Karksi_vallavalitsus, lk 17
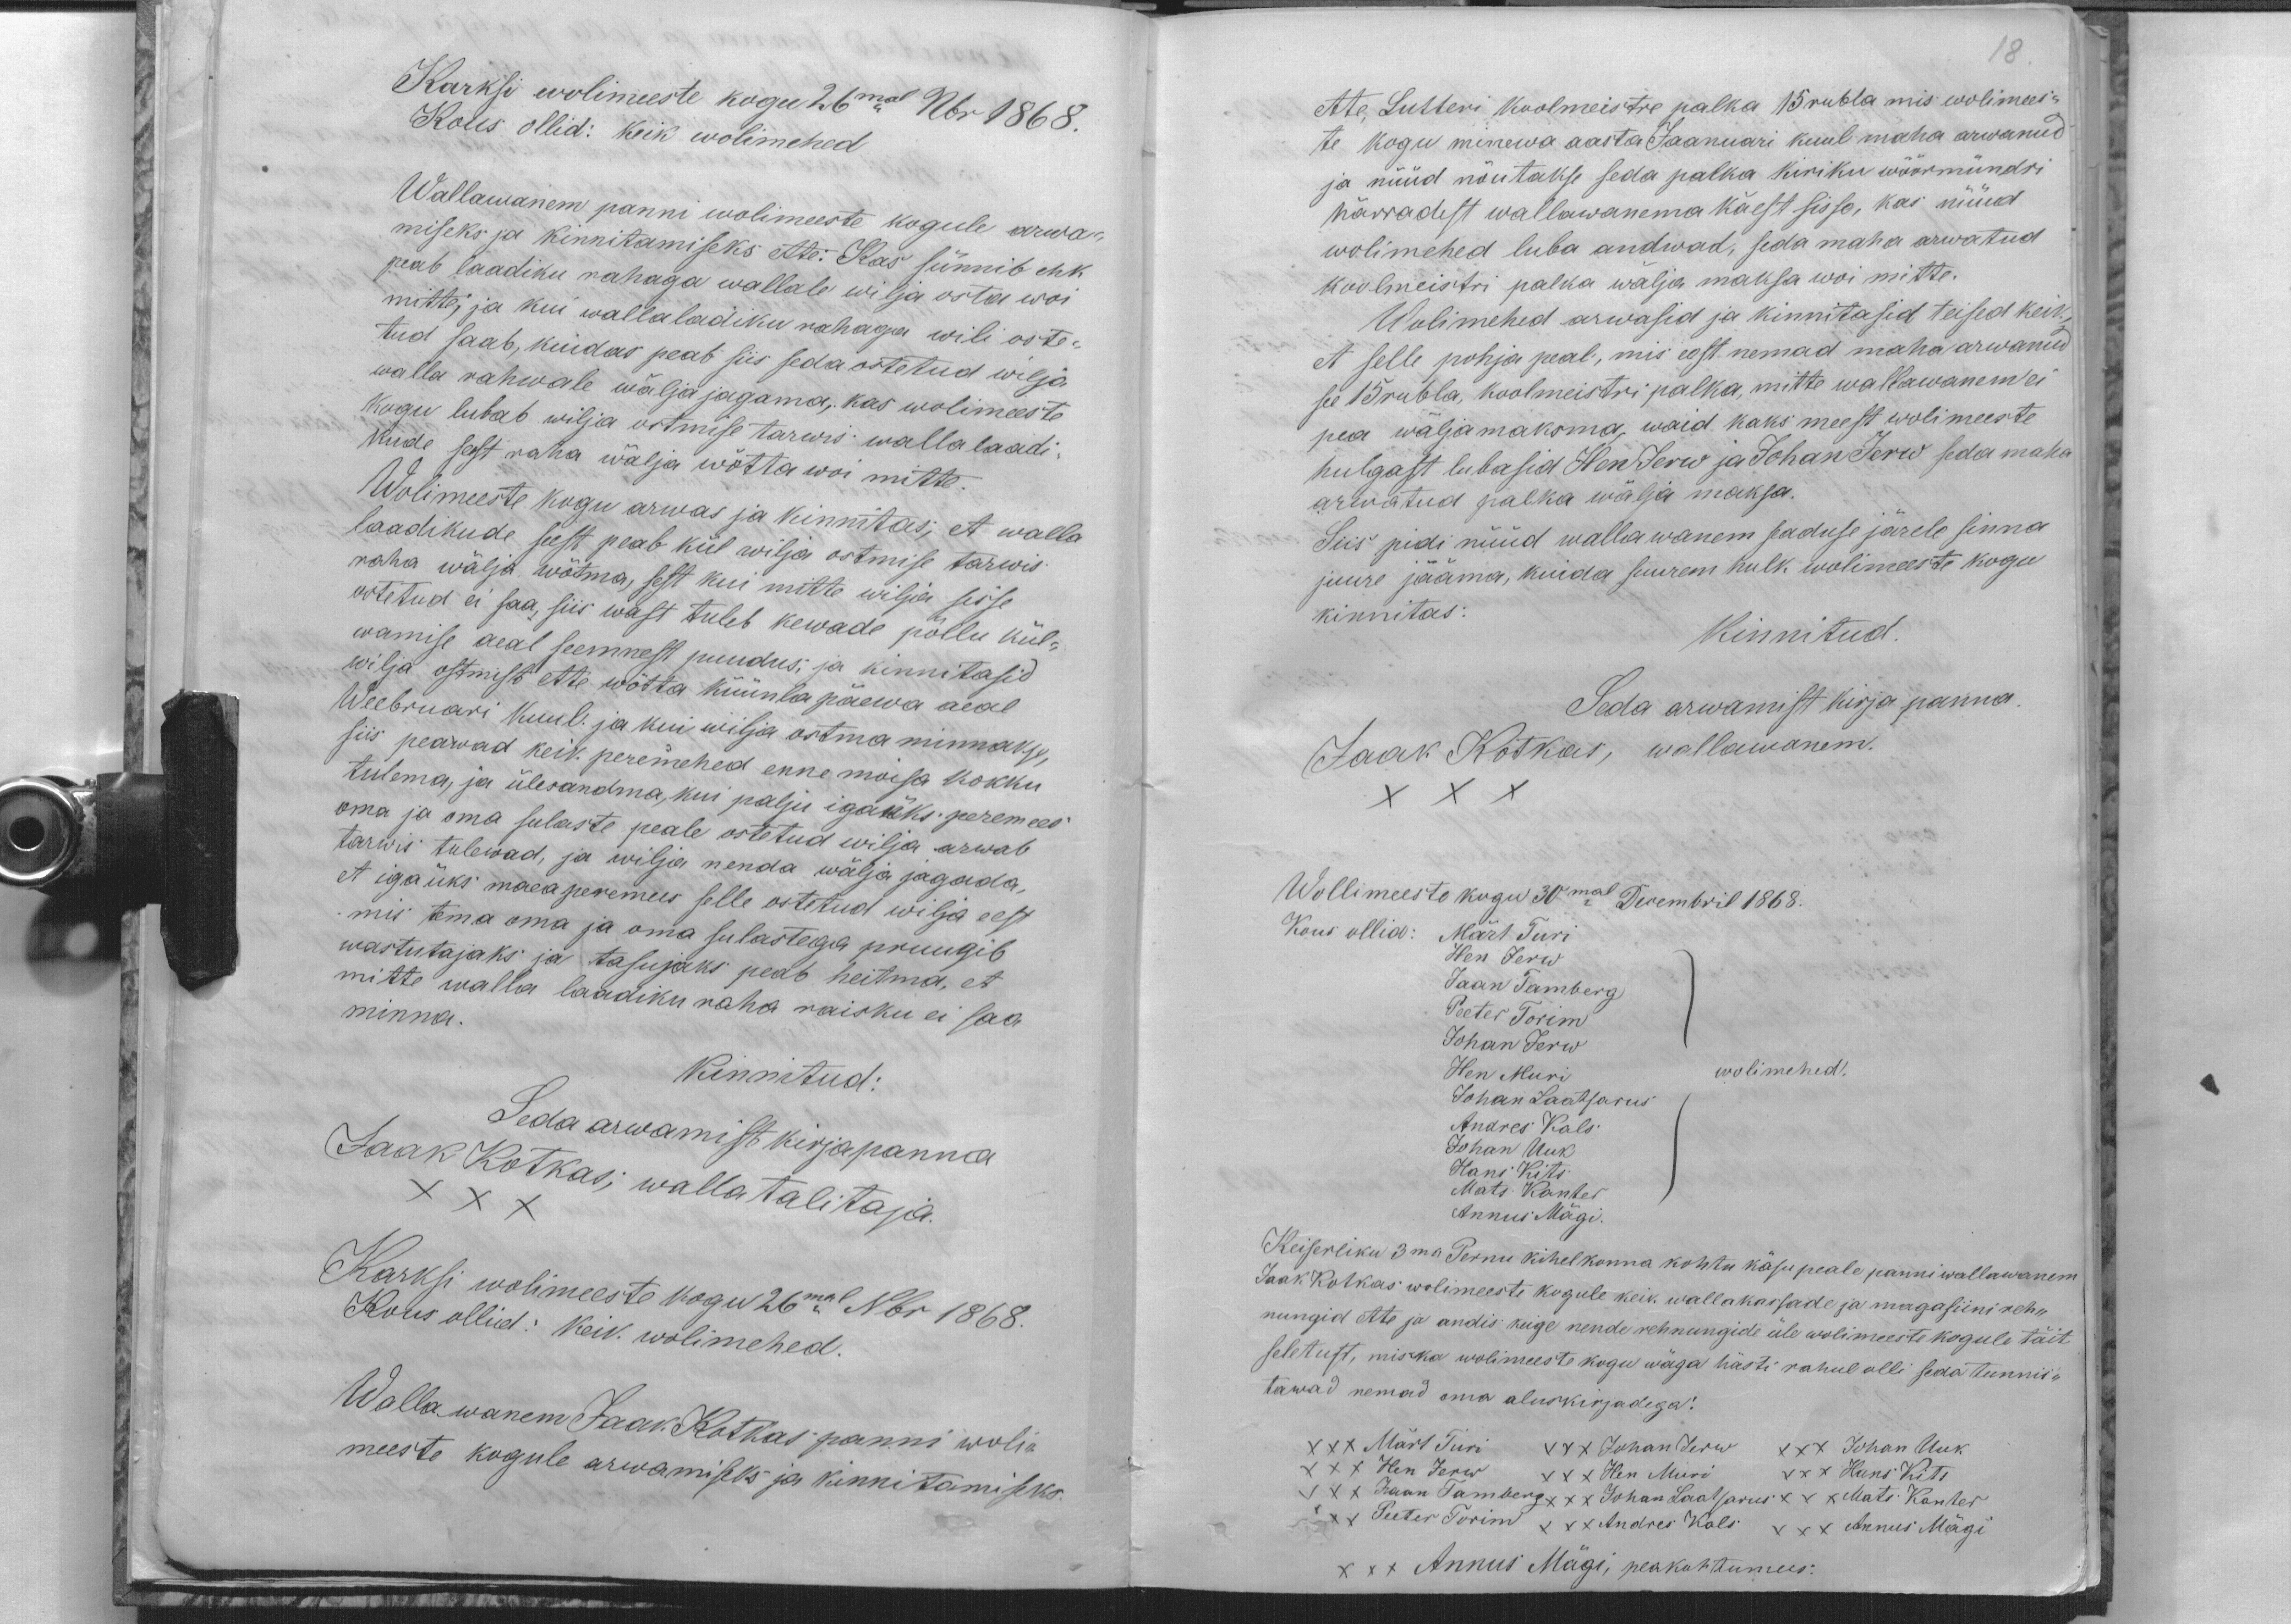
Karksi wolimeeste kogu 26mal Nbr 1868.
Kous ollid: keik wolimehed
Wallawanem panni wolimeeste kogule arwa-
miseks ja kinnitamiseks ette: Kas sünnib ehk
peab laadiku rahaga wallale wilja osta woi
mitte; ja kui walla ladiku rahaga wili oste-
tud saab, kuidas peab siis seda ostetud wilja
walla rahwale wälja jagama, kas wolimeeste
kogu lubab wilja ostmise tarwis walla laadi-
kude seest raha wälja wõtta woi mitte.
Wolimeeste kogu arwas ja kinnitas, et walla
laadikude seest peab kül wilja ostmise tarwis
raha wälja wõtma, sest kui mitte wilja sisse
ostetud ei saa, siis wast tuleb kewade põllu kül-
wamise aeal seemnest puudus; ja kinnitasid
wilja ostmist ette wõtta küünla päewa aeal
Weebruari kuul. ja kui wilja ostma minnakse,
siis peawad keik peremehed enne moisa kokku
tulema, ja ülesandma, kui palju igaüks peremees
oma ja oma sulaste peale ostetud wilja arwab
tarwis tulewad, ja wilja nenda wälja jagada,
et igaüks maea peremees selle ostetud wilja eest
mis tema oma ja oma sulastega pruugib
wastutajaks ja tasujaks peab heitma, et
mitte walla laadiku raha raisku ei saa
minna.
Kinnitud:
Jaak Kotkas; walla talitaja.
Seda arwamist kirjapanna
XXX
Karksi wolimeeste kogu 26mal Nbr 1868.
Kous ollid: keik wolimehed.
Wallawanem Jaak Kotkas panni woli-
meeste kogule arwamiseks ja kinnitamiseks.

18.
ette, Lutteri koolmeistre palka 15 rubla mis wolimees-
te kogu minewa aasta Jaanuari kuul maha arwanud
ja nüüd nõutakse seda palka kiriku wöörmündri
härradest wallawanema käest sisse, kas nüüd
wolimehed luba andwad, seda maha arwatud
koolmeistri palka wälja maksa woi mitte.
Wolimehed arwasid ja kinnitasid teised keik,
et selle pohja peal, mis eest nemad maha arwanud
see 15 rubla, koolmeistri palka, mitte wallawanem ei
pea wäljamaksma, waid kaks meest wolimeeste
hulgast lubasid Hen Jerw ja Johan Jerw seda maha
arwatud palka wälja maksa.
Siis pidi nüüd wallawanem seaduse järele sinna
juure jääma, kuida suurem hulk wolimeeste kogu
kinnitas:
Kinnitud.
Seda arwamist kirja panna.
Jaak Kotkas, wallawanem.
XXX
Wollimeeste kogu 30mal Decembril 1868.
Kous ollid: Märt Turi
Hen Jerw
Jaan Tamberg
Peeter Torim
Johan Jerw
Hen Muri
wolimehed!
Johan Laatsarus
Andres Kals
Johan Uuk
Hans Kits
Mats Kanter
Annus Mägi.
Keiserliku 3ma Pernu kihelkonna kohtu käsu peale panni wallawanem
Jaak Kotkas wolimeeste kogule keik wallakassade ja magasiini reh-
nungid ette ja andis keige nende rehnungide üle wolimeeste kogule täit
seletust, mis ka wolimeeste kogu wäga hästi rahul olli seda tunnis-
tawad nemad oma aluskirjadega:
XXX Märt Turi XXX Johan Jerw XXX Johan Uuk
XXX Hen Jerw XXX Hen Muri XXX Hans Kits
XXX Jaan Tamberg XXX Johan Laatsarus XXX Mats Kanter
XXX Peeter Torim XXX Andres Kals XXX Annus Märgi
XXX Annus Mägi, peakohtumees: